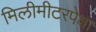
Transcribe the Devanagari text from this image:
मिलीमीटरपेक्षा